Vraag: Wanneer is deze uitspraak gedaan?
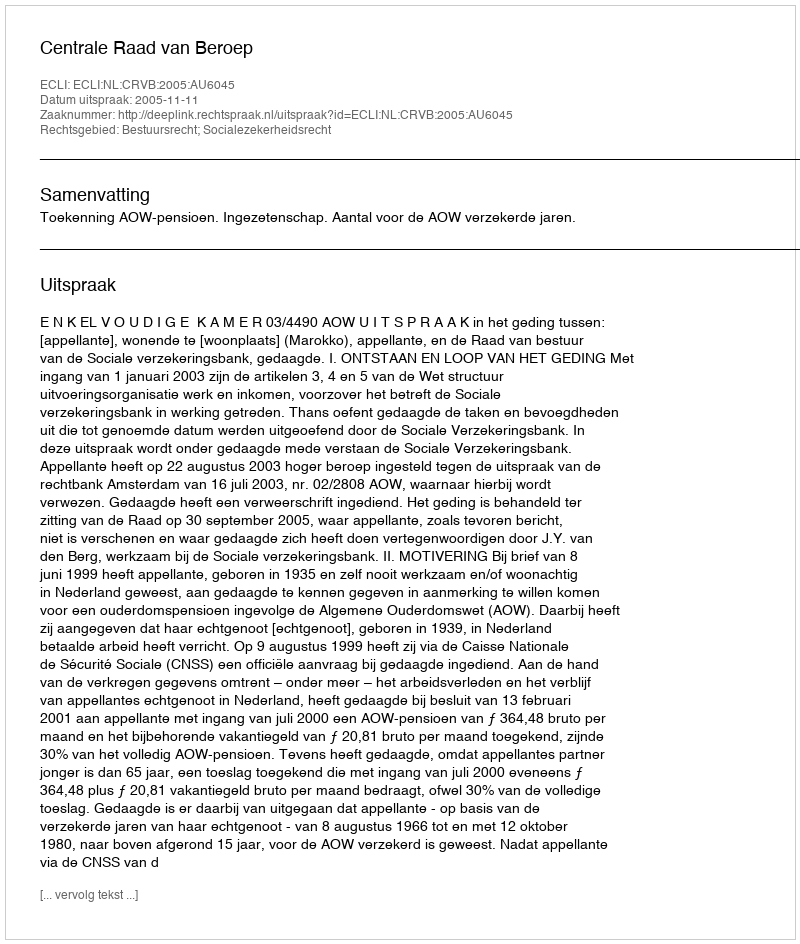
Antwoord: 2005-11-11